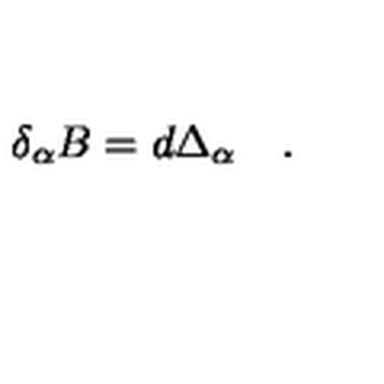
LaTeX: \quad \delta _ { \alpha } B = d \Delta _ { \alpha } \quad .